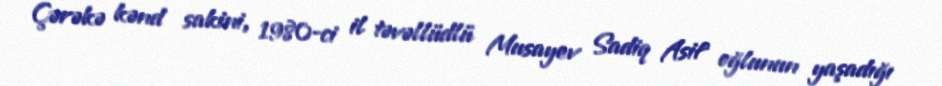
Çərəkə kənd sakini, 1980-ci il təvəllüdlü Musayev Sadiq Asif oğlunun yaşadığı